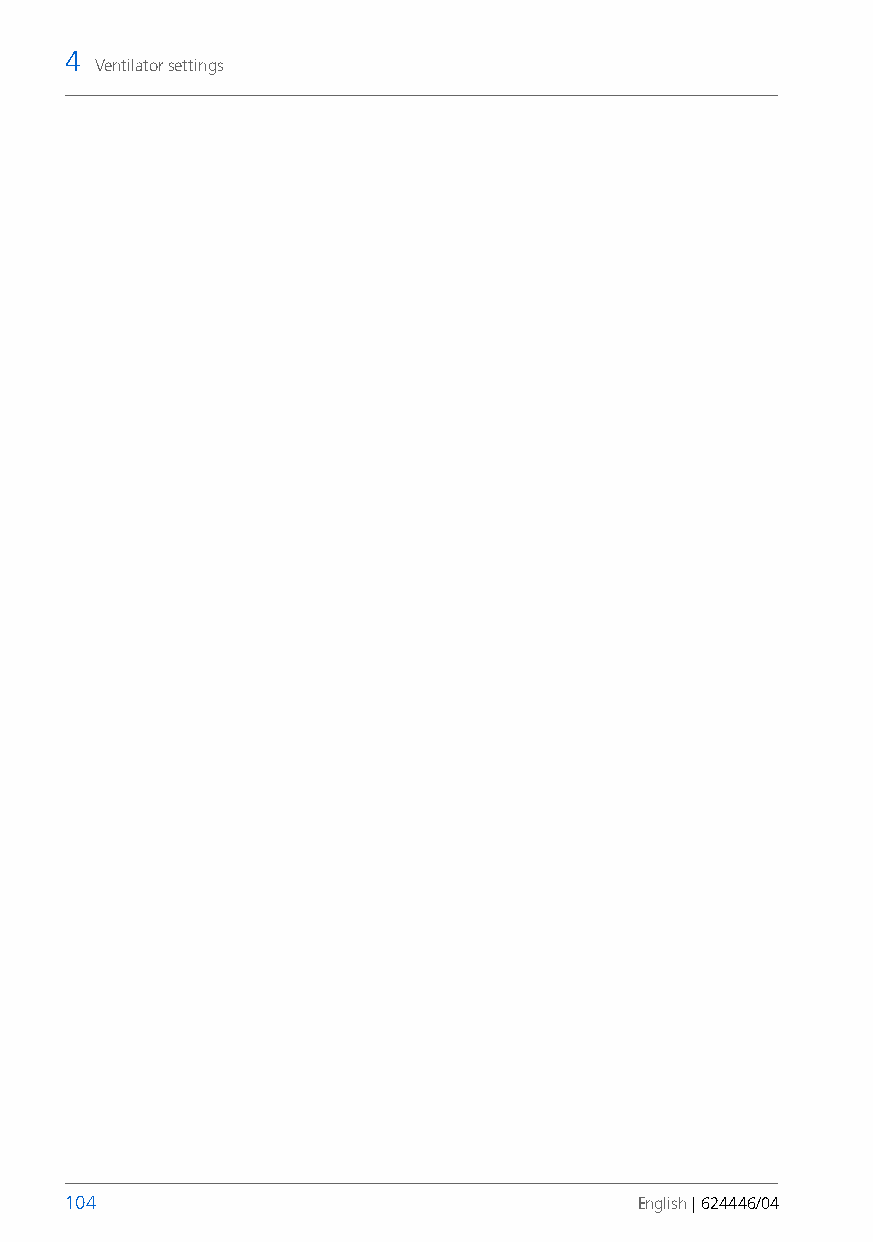
4
 Ventilator settings
 104                                   English | 624446/04